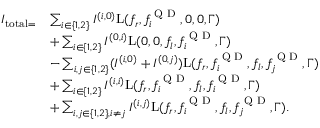
\begin{array} { r l } { I _ { \mathrm { t o t a l } = } } & { \sum _ { i \in \{ 1 , 2 \} } I ^ { ( i , 0 ) } \mathrm { L } ( f _ { r } , f _ { i } ^ { \textrm { Q D } } , 0 , 0 , \Gamma ) } \\ & { + \sum _ { i \in \{ 1 , 2 \} } I ^ { ( 0 , i ) } \mathrm { L } ( 0 , 0 , f _ { l } , f _ { i } ^ { \textrm { Q D } } , \Gamma ) } \\ & { - \sum _ { i , j \in \{ 1 , 2 \} } ( I ^ { ( i , 0 ) } + I ^ { ( 0 , j ) } ) \mathrm { L } ( f _ { r } , f _ { i } ^ { \textrm { Q D } } , f _ { l } , f _ { j } ^ { \textrm { Q D } } , \Gamma ) } \\ & { + \sum _ { i \in \{ 1 , 2 \} } I ^ { ( i , i ) } \mathrm { L } ( f _ { r } , f _ { i } ^ { \textrm { Q D } } , f _ { l } , f _ { i } ^ { \textrm { Q D } } , \Gamma ) } \\ & { + \sum _ { i , j \in \{ 1 , 2 \} , i \neq j } I ^ { ( i , j ) } \mathrm { L } ( f _ { r } , f _ { i } ^ { \textrm { Q D } } , f _ { l } , f _ { j } ^ { \textrm { Q D } } , \Gamma ) . } \end{array}